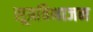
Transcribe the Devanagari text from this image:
सूत्रविभाजन